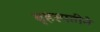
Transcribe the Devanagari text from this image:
बृहस्पतीने